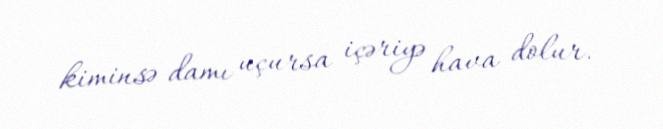
kiminsə damı uçursa içəriyə hava dolur.